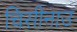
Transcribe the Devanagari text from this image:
चिसीनाउ